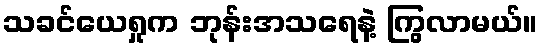
သခင်ယေရှုက ဘုန်းအသရေနဲ့ ကြွလာမယ်။